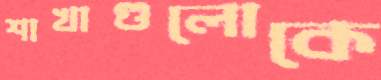
শাখাগুলোকে